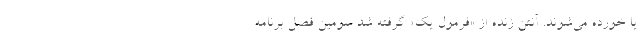
یا خورده می‌شوند. آنتن زنده از «فرمول یک» گرفته شد سومین فصل برنامه